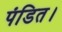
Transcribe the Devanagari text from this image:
पंडित।